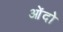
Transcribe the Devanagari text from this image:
ओंदो